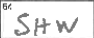
Transcription: SHW